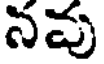
నవు